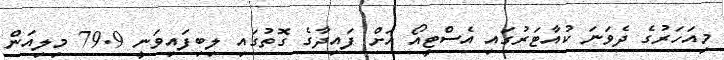
މިއަހަރުގެ ދެވަނަ ކުއާޓަރުގައި އެސްޓީއޯ އަށް ފައިދާގެ ގޮތުގައި ލިބިފައިވަނީ 79.9 މިލިއަން